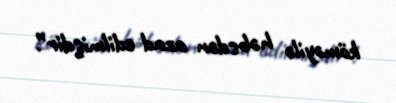
köməyilə həbsdən azad edilmişdir”.